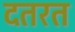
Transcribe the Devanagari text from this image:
दतरत